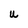
Character: U